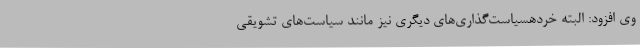
وی افزود: البته خردهسیاست‌گذاری‌های دیگری نیز مانند سیاست‌های تشویقی